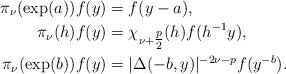
LaTeX: \begin{align*} \pi_\nu(\exp(a))f(y) &= f(y-a),\\ \pi_\nu(h)f(y) &= \chi_{\nu+\tfrac{p}{2}}(h)f(h^{-1}y),\\ \pi_\nu(\exp(b))f(y) &= |\Delta(-b,y)|^{-2\nu-p}f(y^{-b}).\end{align*}